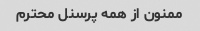
ممنون از همه پرسنل محترم